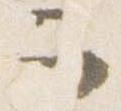
云